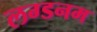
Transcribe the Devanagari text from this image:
लग्डनम